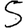
Digit: 5